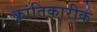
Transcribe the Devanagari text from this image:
क्रांतिकारीक